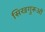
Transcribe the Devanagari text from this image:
सिखगुरूओं